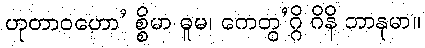
ဟုတာဝဟော’ စ္စိမာ ဓူမ၊ ကေတွ’ဂ္ဂိ ဂိနိ ဘာနုမာ။